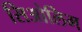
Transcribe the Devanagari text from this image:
सिओलिम